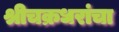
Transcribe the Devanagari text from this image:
श्रीचक्रधरांचा